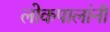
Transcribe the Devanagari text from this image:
लोकपालांनी